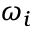
\omega _ { i }